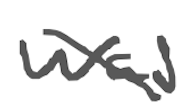
Text: was
Cross-out: diagonal
Writing tool: digital_gray